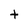
Character: t